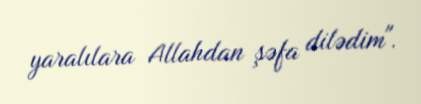
yaralılara Allahdan şəfa dilədim".